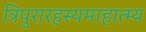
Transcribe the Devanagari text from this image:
त्रिपुरारहस्यमाहात्म्य